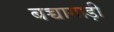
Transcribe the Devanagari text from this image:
बच्चागाड़ी